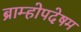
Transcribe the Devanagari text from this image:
ब्राम्होपदेषम